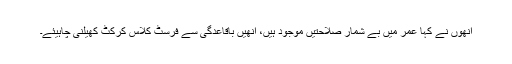
انھوں نے کہا عمر میں بے شمار صلاحتیں موجود ہیں، انھیں باقاعدگی سے فرسٹ کلاس کرکٹ کھیلنی چاہیئے۔